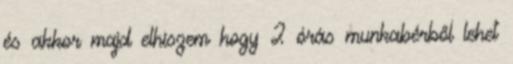
és akkor majd elhiszem hogy 2 órás munkabérből lehet